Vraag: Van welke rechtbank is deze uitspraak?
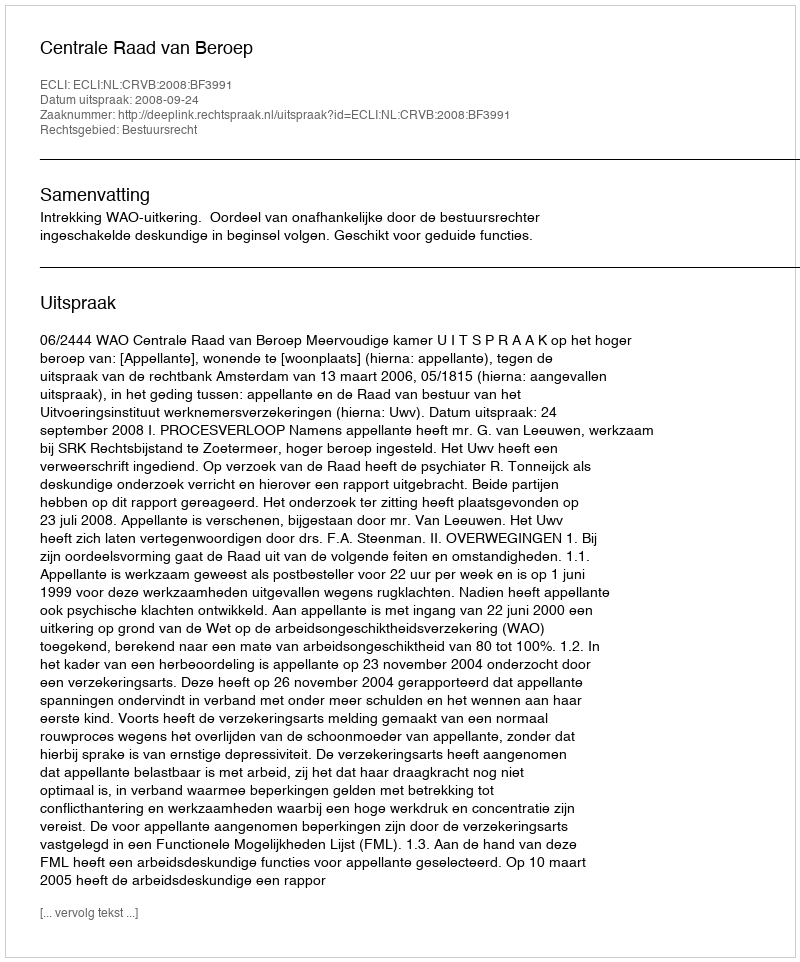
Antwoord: Centrale Raad van Beroep